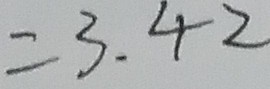
= 3 . 4 2